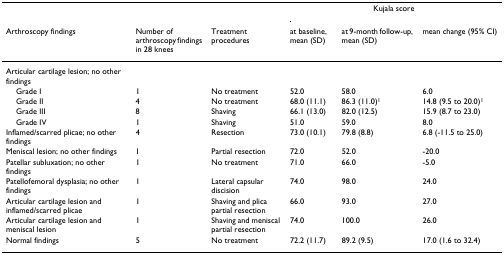
<table><thead><tr><td>[EMPTY_CELL]</td><td>[EMPTY_CELL]</td><td>[EMPTY_CELL]</td><td colspan="3"><b>Kujala score</b></td></tr><tr><td><b>Arthroscopy findings</b></td><td><b>Number of arthroscopy findings in 28 knees</b></td><td><b>Treatment procedures</b></td><td><b>at baseline, mean (SD)</b></td><td><b>at 9-month follow-up, mean (SD)</b></td><td><b>mean change (95% CI)</b></td></tr></thead><tbody><tr><td>Articular cartilage lesion; no other findings</td><td>[EMPTY_CELL]</td><td>[EMPTY_CELL]</td><td>[EMPTY_CELL]</td><td>[EMPTY_CELL]</td><td>[EMPTY_CELL]</td></tr><tr><td> Grade I</td><td>1</td><td>No treatment</td><td>52.0</td><td>58.0</td><td>6.0</td></tr><tr><td> Grade II</td><td>4</td><td>No treatment</td><td>68.0 (11.1)</td><td>86.3 (11.0)<sup>1</sup></td><td>14.8 (9.5 to 20.0)<sup>1</sup></td></tr><tr><td> Grade III</td><td>8</td><td>Shaving</td><td>66.1 (13.0)</td><td>82.0 (12.5)</td><td>15.9 (8.7 to 23.0)</td></tr><tr><td> Grade IV</td><td>1</td><td>Shaving</td><td>51.0</td><td>59.0</td><td>8.0</td></tr><tr><td>Inflamed/scarred plicae; no other findings</td><td>4</td><td>Resection</td><td>73.0 (10.1)</td><td>79.8 (8.8)</td><td>6.8 (-11.5 to 25.0)</td></tr><tr><td>Meniscal lesion; no other findings</td><td>1</td><td>Partial resection</td><td>72.0</td><td>52.0</td><td>-20.0</td></tr><tr><td>Patellar subluxation; no other findings</td><td>1</td><td>No treatment</td><td>71.0</td><td>66.0</td><td>-5.0</td></tr><tr><td>Patellofemoral dysplasia; no other findings</td><td>1</td><td>Lateral capsular discision</td><td>74.0</td><td>98.0</td><td>24.0</td></tr><tr><td>Articular cartilage lesion and inflamed/scarred plicae</td><td>1</td><td>Shaving and plica partial resection</td><td>66.0</td><td>93.0</td><td>27.0</td></tr><tr><td>Articular cartilage lesion and meniscal lesion</td><td>1</td><td>Shaving and meniscal partial resection</td><td>74.0</td><td>100.0</td><td>26.0</td></tr><tr><td>Normal findings</td><td>5</td><td>No treatment</td><td>72.2 (11.7)</td><td>89.2 (9.5)</td><td>17.0 (1.6 to 32.4)</td></tr></tbody></table>